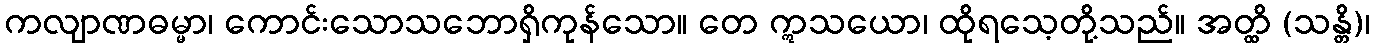
ကလျာဏဓမ္မာ၊ ကောင်းသောသဘောရှိကုန်သော။ တေ ဣသယော၊ ထိုရသေ့တို့သည်။ အတ္ထိ (သန္တိ)၊